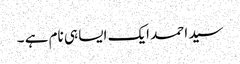
سید احمد ایک ایسا ہی نام ہے ۔